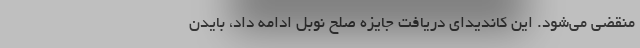
منقضی می‌شود. این کاندیدای دریافت جایزه صلح نوبل ادامه داد، بایدن